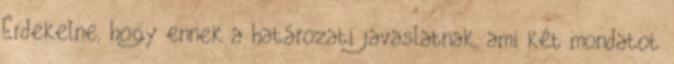
Érdekelne, hogy ennek a határozati javaslatnak, ami két mondatot